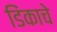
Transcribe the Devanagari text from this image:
डिंकाचे